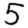
Digit: 5